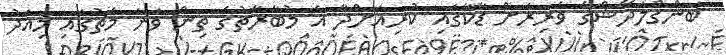
ބަންގްލަދޭޝްގެ ވެރިރަށް ޑާކާގައި ކުރިއަށްދާ އެ މުބާރާތުގެ ތިން ވަނަ މެޗުގައި މިއަދު